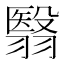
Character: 翳